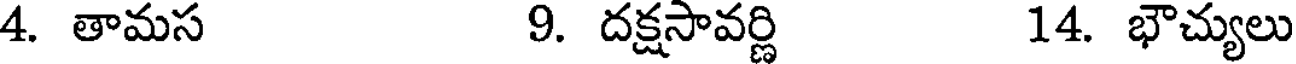
4. తామస 9. దక్షసావర్ణి 14. భౌచ్యులు